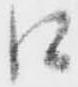
口